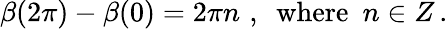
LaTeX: \beta(2\pi)-\beta(0)=2\pi n\, \, ,\, \, \, \mathrm{where}\, \, \, n\in Z\, .